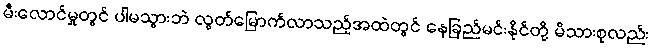
မီးလောင်မှုတွင် ပါမသွားဘဲ လွတ်မြောက်လာသည့်အထဲတွင် နေခြည်မင်းနိုင်တို့ မိသားစုလည်း